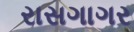
રાસગાગર